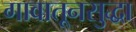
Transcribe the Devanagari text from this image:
गावातूनसुद्धा